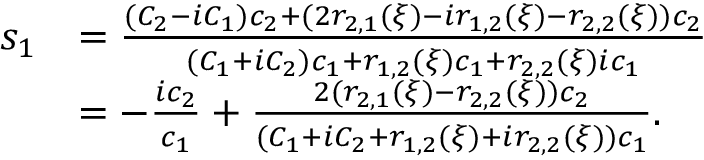
\begin{array} { r l } { s _ { 1 } } & { = \frac { ( C _ { 2 } - i C _ { 1 } ) c _ { 2 } + ( 2 r _ { 2 , 1 } ( \xi ) - i r _ { 1 , 2 } ( \xi ) - r _ { 2 , 2 } ( \xi ) ) c _ { 2 } } { ( C _ { 1 } + i C _ { 2 } ) c _ { 1 } + r _ { 1 , 2 } ( \xi ) c _ { 1 } + r _ { 2 , 2 } ( \xi ) i c _ { 1 } } } \\ & { = - \frac { i c _ { 2 } } { c _ { 1 } } + \frac { 2 ( r _ { 2 , 1 } ( \xi ) - r _ { 2 , 2 } ( \xi ) ) c _ { 2 } } { ( C _ { 1 } + i C _ { 2 } + r _ { 1 , 2 } ( \xi ) + i r _ { 2 , 2 } ( \xi ) ) c _ { 1 } } . } \end{array}